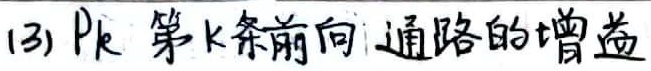
(3) \(P_{k}\)为第 \(k\) 条前向通路的增益。